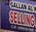
selling